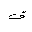
Letter: _qaf